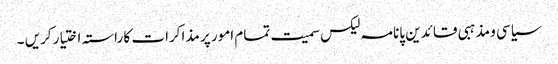
سیاسی و مذہبی قائدین پانامہ لیکس سمیت تمام امور پر مذاکرات کا راستہ اختیار کریں ۔